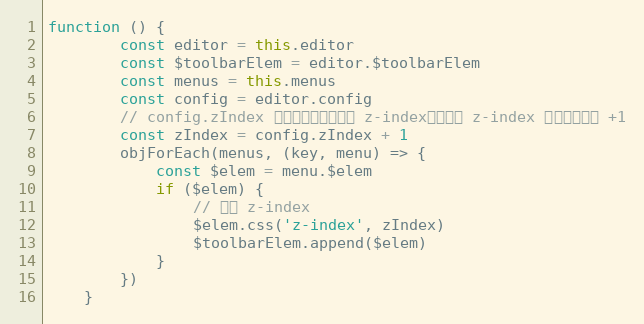
Language: JavaScript
function () {
        const editor = this.editor
        const $toolbarElem = editor.$toolbarElem
        const menus = this.menus
        const config = editor.config
        // config.zIndex 是配置的编辑区域的 z-index，菜单的 z-index 得在其基础上 +1
        const zIndex = config.zIndex + 1
        objForEach(menus, (key, menu) => {
            const $elem = menu.$elem
            if ($elem) {
                // 设置 z-index
                $elem.css('z-index', zIndex)
                $toolbarElem.append($elem)
            }
        })
    }